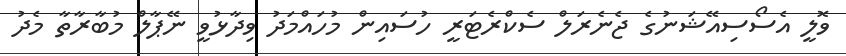
ވޮލީ އެސޯސިއޭޝަނުގެ ޖެނެރަލް ސެކްރެޓަރީ ހުސައިން މުހައްމަދު ވިދާޅުވީ ނޭޕާލް މުބާރާތާ މެދު